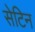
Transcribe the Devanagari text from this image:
सेटिन